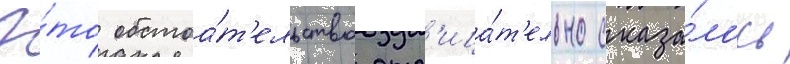
Э́то обстоа́т'ельство отр'ица́т'ельно сказа́лось